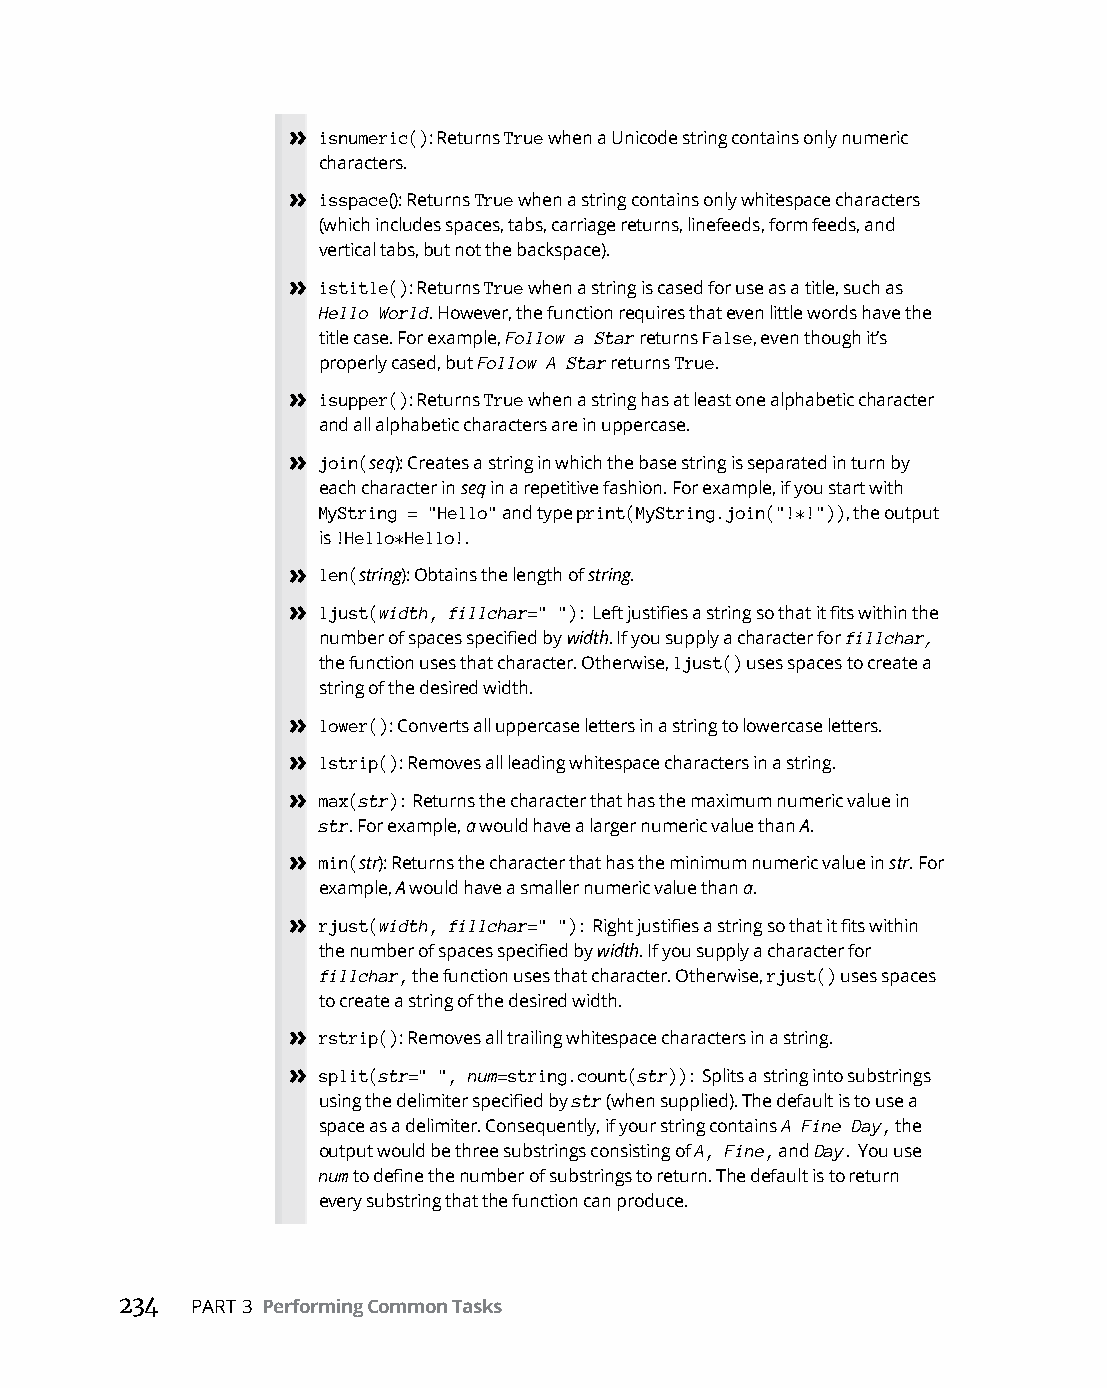
» isnumeric(): Returns True when a Unicode string contains only numeric
 characters.
 » isspace(): Returns True when a string contains only whitespace characters
 (which includes spaces, tabs, carriage returns, linefeeds, form feeds, and
 vertical tabs, but not the backspace).
 » istitle(): Returns True when a string is cased for use as a title, such as
 Hello World. However, the function requires that even little words have the
 title case. For example, Follow a Star returns False, even though it’s
 properly cased, but Follow A Star returns True.
 » isupper(): Returns True when a string has at least one alphabetic character
 and all alphabetic characters are in uppercase.
 » join(seq): Creates a string in which the base string is separated in turn by
 each character in seq in a repetitive fashion. For example, if you start with
 MyString = "Hello" and type print(MyString.join("!*!")), the output
 is !Hello*Hello!.
 » len(string): Obtains the length of string.
 » ljust(width, fillchar=" "): Left justifies a string so that it fits within the
 number of spaces specified by width. If you supply a character for fillchar,
 the function uses that character. Otherwise, ljust() uses spaces to create a
 string of the desired width.
 » lower(): Converts all uppercase letters in a string to lowercase letters.
 » lstrip(): Removes all leading whitespace characters in a string.
 » max(str): Returns the character that has the maximum numeric value in
 str. For example, a would have a larger numeric value than A.
 » min(str): Returns the character that has the minimum numeric value in str. For
 example, A would have a smaller numeric value than a.
 » rjust(width, fillchar=" "): Right justifies a string so that it fits within
 the number of spaces specified by width. If you supply a character for
 fillchar, the function uses that character. Otherwise, rjust() uses spaces
 to create a string of the desired width.
 » rstrip(): Removes all trailing whitespace characters in a string.
 » split(str=" ", num=string.count(str)): Splits a string into substrings
 using the delimiter specified by str (when supplied). The default is to use a
 space as a delimiter. Consequently, if your string contains A Fine Day, the
 output would be three substrings consisting of A, Fine, and Day. You use
 num to define the number of substrings to return. The default is to return
 every substring that the function can produce.
 234  PART 3 Performing Common Tasks